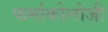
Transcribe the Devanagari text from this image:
फर्माकोलोजी